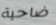
ضاحية